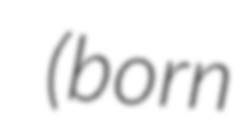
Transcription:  (born